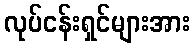
လုပ်ငန်းရှင်များအား